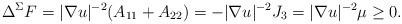
LaTeX: \begin{align*} \Delta^\Sigma F= |\nabla u|^{-2}(A_{11}+A_{22})=-|\nabla u|^{-2}J_3 =|\nabla u|^{-2}\mu\ge0. \end{align*}